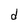
Character: d